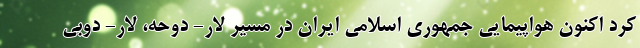
کرد اکنون هواپیمایی جمهوری اسلامی ایران در مسیر لار- دوحه، لار- دوبی